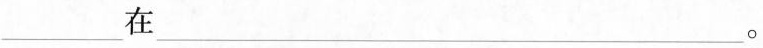
___在___。